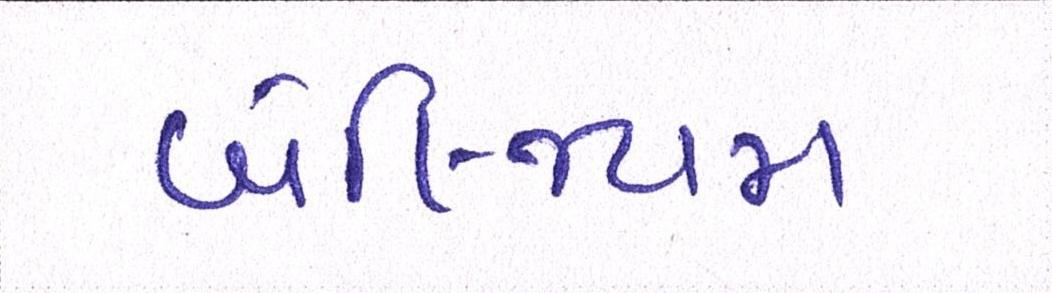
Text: બેલ્જિયમ